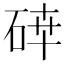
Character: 𥓈